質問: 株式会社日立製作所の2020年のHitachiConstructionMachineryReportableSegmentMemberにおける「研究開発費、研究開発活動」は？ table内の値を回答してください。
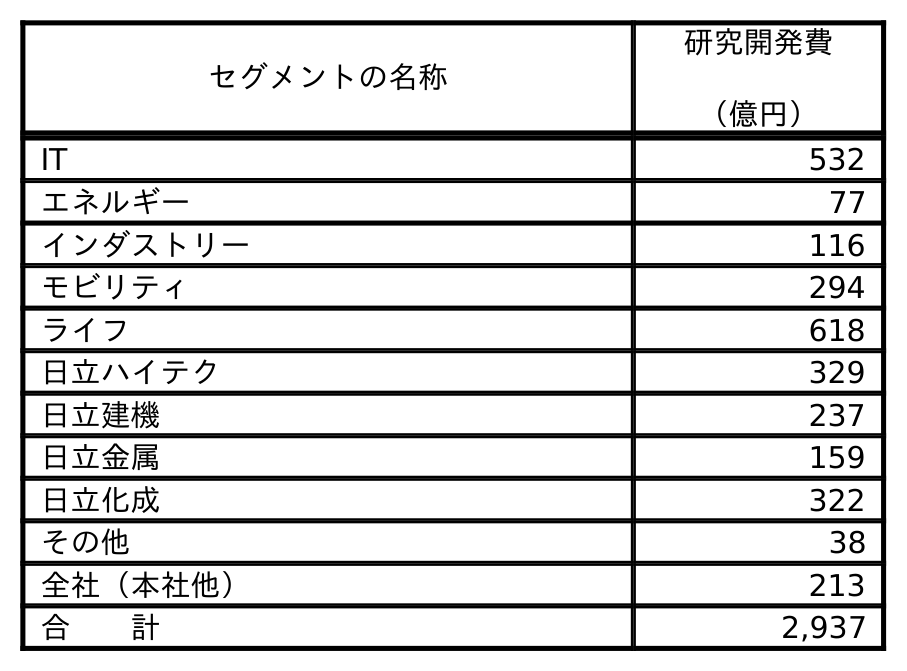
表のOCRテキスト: セグメントの名称 研究開発費 （億円） IT 532 エネルギー 77 インダストリー 116 モビリティ 294 ライフ 618 日立ハイテク 329 日立建機 237 日立金属 159 日立化成 322 その他 38 全社（本社他） 213 合  計 2,937
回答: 237